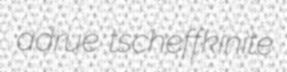
adrue tscheffkinite